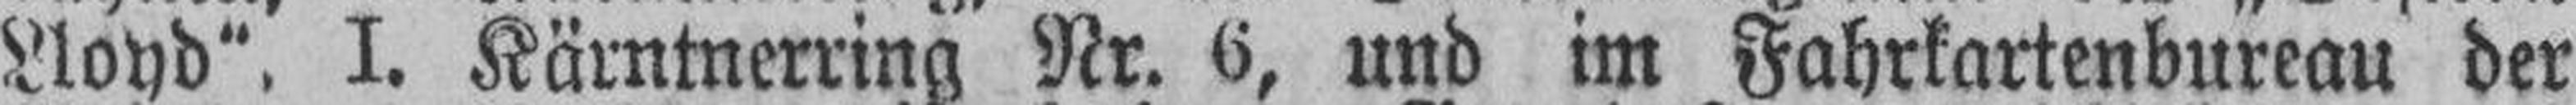
Lloyd“, I. Kärntnerring Nr. 6, und im Fahrkartenbureau der